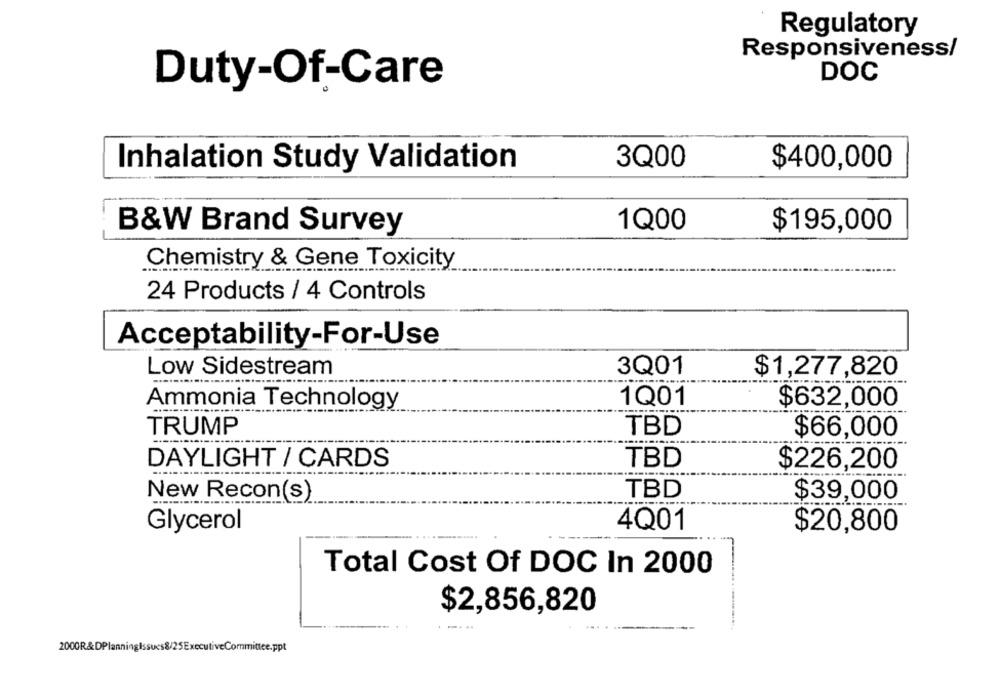
Regulatory
Responsiveness/
DOC
Duty-Of-Care
Inhalation Study Validation
3Q00
$400,000
1Q00
B&W Brand Survey
$195,000
Chemistry & Gene Toxicity
24 Products / 4 Controls
Acceptability-For-Use
Low Sidestream
3Q01
$1,277,820
1Q01
$632,000
Ammonia Technology
TRUMP
TBD
$66,000
DAYLIGHT / CARDS
TBD
$226,200
New Recon(s)
TBD
$39,000
Glycerol
4Q01
$20,800
Total Cost Of DOC In 2000
$2,856,820
....